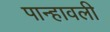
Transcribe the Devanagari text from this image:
पान्हावली